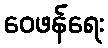
ဝေဖန်ရေး